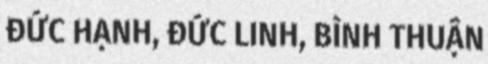
ĐỨC HẠNH, ĐỨC LINH, BÌNH THUẬN